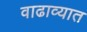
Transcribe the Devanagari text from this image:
वाढाव्यात